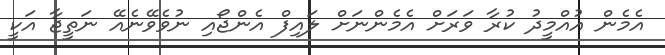
އެމެން އުއްމީދު ކުރާ ވަރަށް އެމެންނަށް ލައިފް އެންޖޯއި ނުވެވޭނެއޭ ނަތީޖާ އަކީ